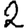
Digit: 2